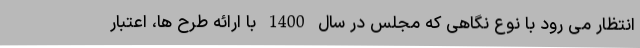
انتظار می رود با نوع نگاهی که مجلس در سال 1400 با ارائه طرح ها، اعتبار